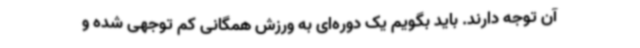
آن توجه دارند. باید بگویم یک دوره‌ای به ورزش همگانی کم توجهی شده و